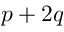
p + 2 q